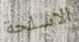
الاسلحة